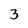
Character: 3